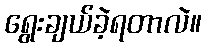
ရွေးချယ်ခဲ့ရတာလဲ။